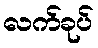
လက်ခုပ်